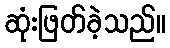
ဆုံးဖြတ်ခဲ့သည်။